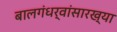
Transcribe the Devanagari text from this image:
बालगंधर्वांसारख्या